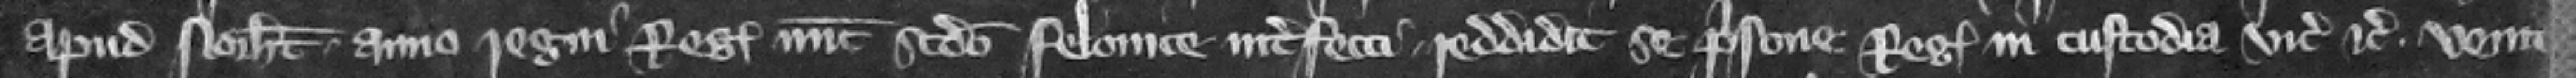
apud Norhamton anno regni regis nunc secundo felonice interfecti reddidit se prisone regis in custodia vicecomitis etc. Venit